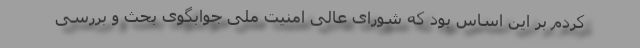
کردم بر این اساس بود که شورای عالی امنیت ملی جوابگوی بحث و بررسی